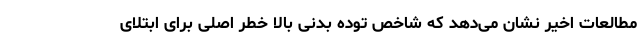
مطالعات اخیر نشان می‌دهد که شاخص توده بدنی بالا خطر اصلی برای ابتلای